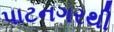
પાટનગરથી